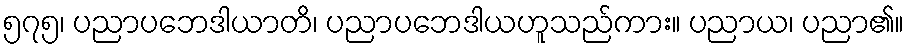
၅၇၅၊ ပညာပဘေဒါယာတိ၊ ပညာပဘေဒါယဟူသည်ကား။ ပညာယ၊ ပညာ၏။